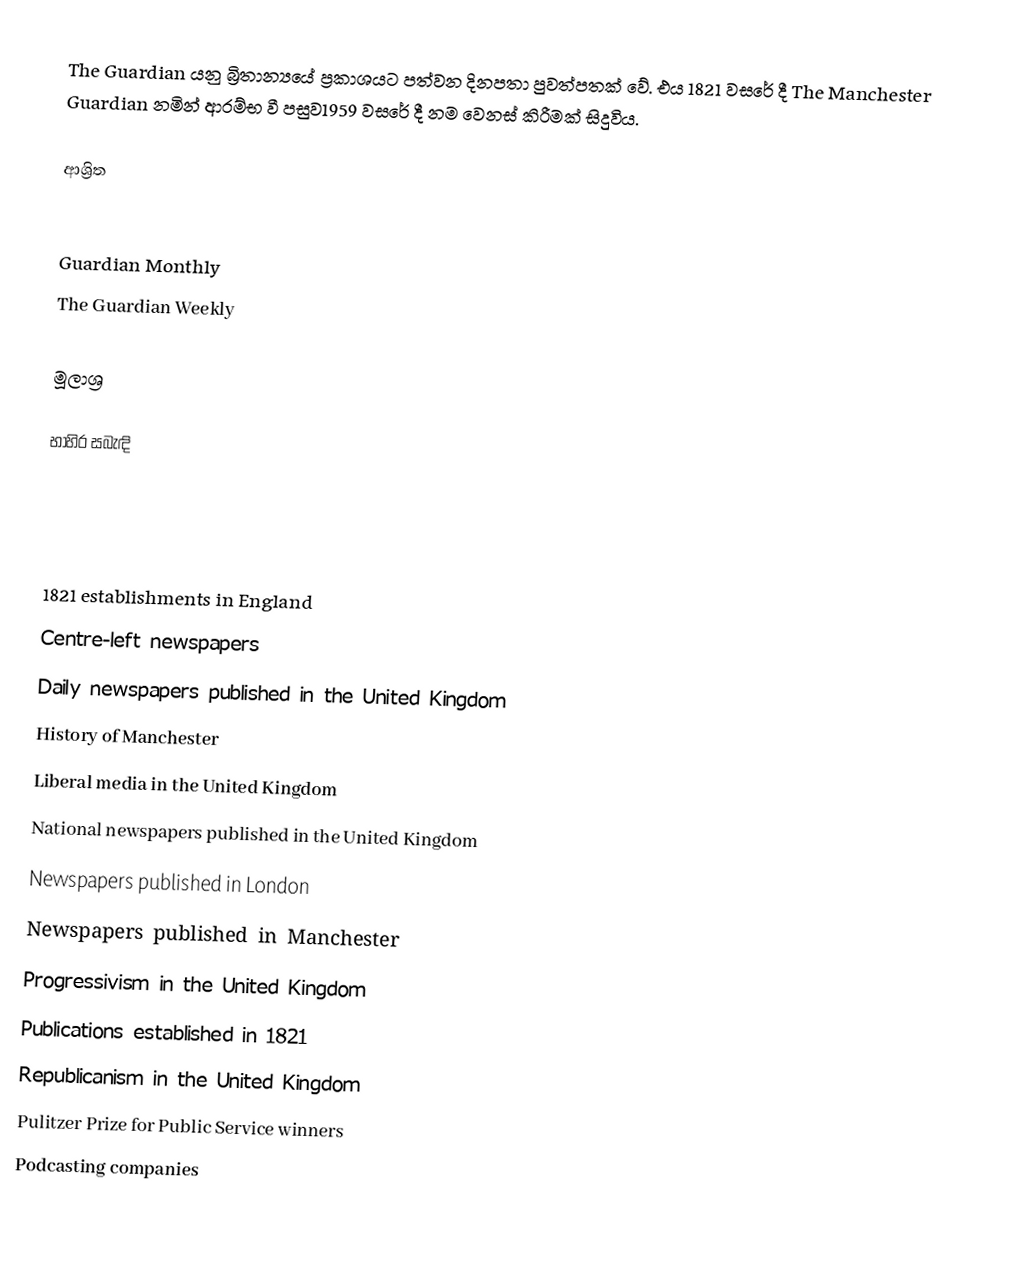
The Guardian යනු බ්‍රිතාන්‍යයේ ප්‍රකාශයට පත්වන දිනපතා පුවත්පතක් වේ. එය 1821 වසරේ දී The Manchester Guardian නමින් ආරම්භ වී පසුව1959 වසරේ දී නම වෙනස් කිරීමක් සිදුවිය.

ආශ්‍රිත

 Guardian Monthly
 The Guardian Weekly

මූලාශ්‍ර

භාහිර සබැඳි

1821 establishments in England
Centre-left newspapers
Daily newspapers published in the United Kingdom
History of Manchester
Liberal media in the United Kingdom
National newspapers published in the United Kingdom
Newspapers published in London
Newspapers published in Manchester
Progressivism in the United Kingdom
Publications established in 1821
Republicanism in the United Kingdom
Pulitzer Prize for Public Service winners
Podcasting companies